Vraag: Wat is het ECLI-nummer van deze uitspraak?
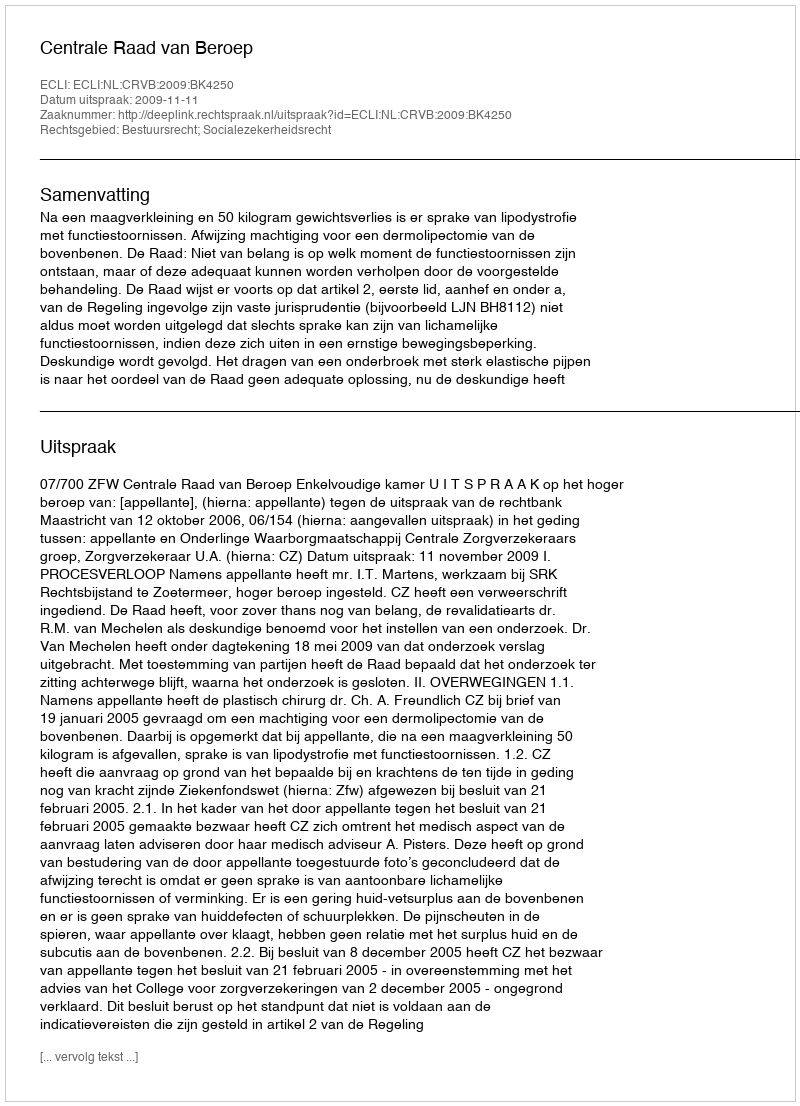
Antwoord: ECLI:NL:CRVB:2009:BK4250